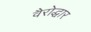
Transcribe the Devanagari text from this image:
वैरोद्धार